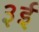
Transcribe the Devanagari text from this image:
३ई